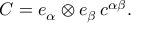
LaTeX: C = e _ { \alpha } \otimes e _ { \beta } \, c ^ { \alpha \beta } .